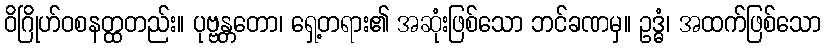
ဝိဂြိုဟ်ဝစနတ္ထတည်း။ ပုဗ္ဗန္တတော၊ ရှေ့တရား၏ အဆုံးဖြစ်သော ဘင်ခဏမှ။ ဥဒ္ဓံ၊ အထက်ဖြစ်သော